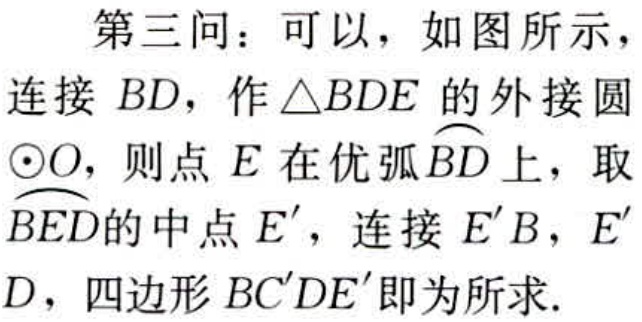
第三问：可以，如图所示，
连接 \(BD\)，作 \(\triangle BDE\) 的外接圆
\(\odot O\)，则点 \(E\) 在优弧 \(\overset{\frown}{BD}\) 上，取
\(\overset{\frown}{BED}\) 的中点 \(E'\)，连接 \(E'B\)，\(E'\)
\(D\)，四边形 \(BC'DE'\) 即为所求.